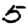
Digit: 5